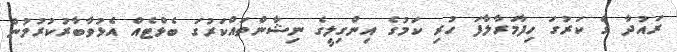
ރައުދާ ގެ ކަރުގަ ހިފާމަރާލާފަ ހުރި ކަމުގެ އިންގިލީގެ ނިޝާންތައްކަރުގަ ބެޅްޓެއް އެޅުވާބާރުކުރުމުން